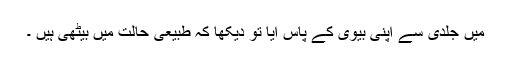
میں جلدی سے اپنی بیوی کے پاس آیا تو دیکھا کہ طبیعی حالت میں بیٹھی ہیں ۔